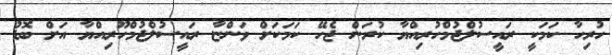
ހުރިހާ ކަމަކީ ރައީސުލްޖުމްހުރިއްޔާ ކުރަން ޖެހޭ ކަމަކަށް ވަންޏާ ރައީސުލްޖުމްހޫރިއްޔާ އަށް ބޮޑު